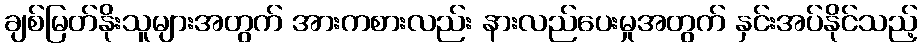
ချစ်မြတ်နိုးသူများအတွက် အားကစားလည်း နားလည်ပေးမှုအတွက် နှင်းအပ်နိုင်သည့်